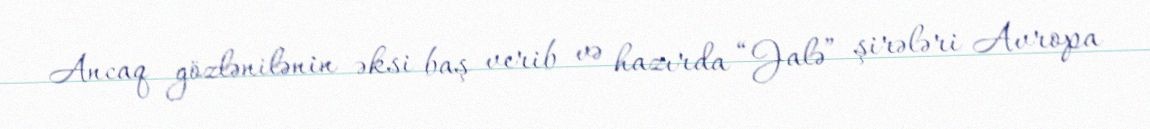
Ancaq gözlənilənin əksi baş verib və hazırda “Jalə” şirələri Avropa